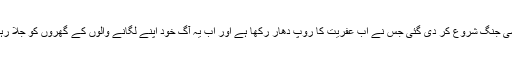
ایک ایسی جنگ شروع کر دی گئی جس نے اب عفریت کا روپ دھار رکھا ہے اور اب یہ آگ خود اپنے لگانے والوں کے گھروں کو جلا رہی ہے ۔